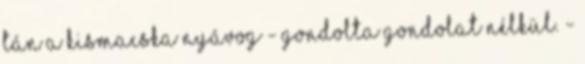
Tán a kismacska nyávog - gondolta gondolat nélkül. -